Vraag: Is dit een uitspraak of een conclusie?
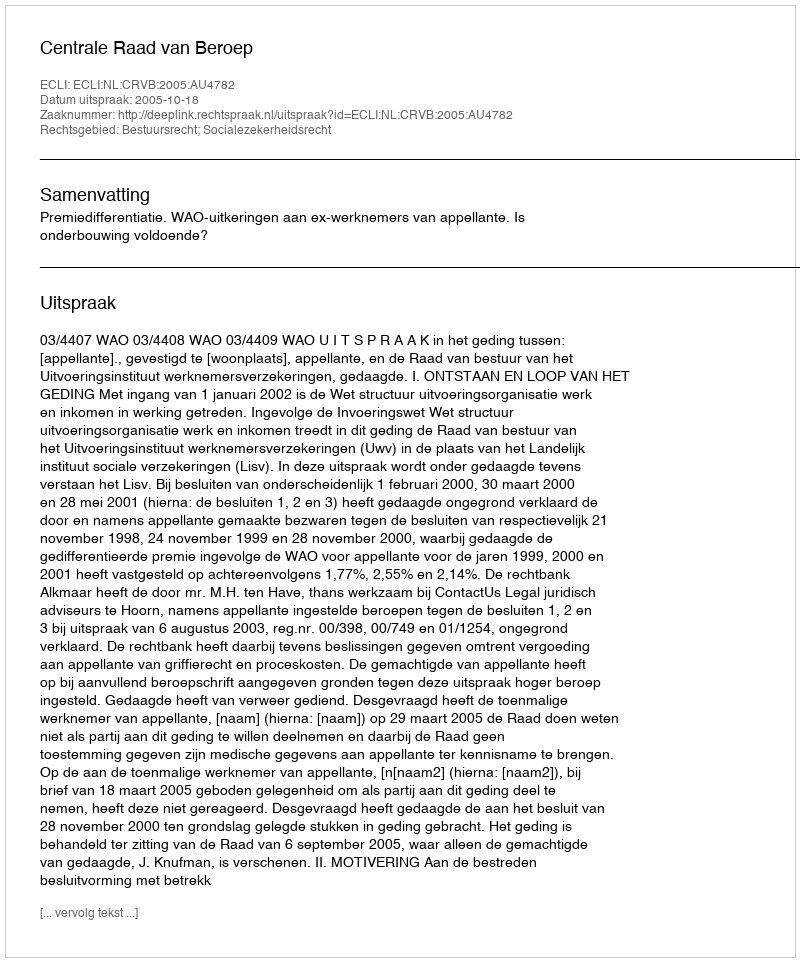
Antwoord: Uitspraak